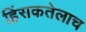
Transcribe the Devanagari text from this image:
हिंसकतेलाच